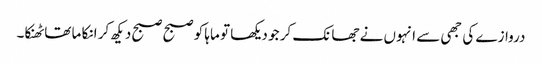
دروازے کی جھی سے انہوں نے جھانک کر جو دیکھا تو ماہا کو صبح صبح دیکھ کر انکا ما تھا ٹھنکا۔